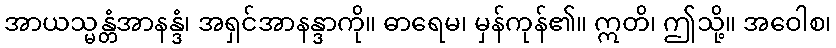
အာယသ္မန္တံအာနန္ဒံ၊ အရှင်အာနန္ဒာကို။ ဓာရေမ၊ မှန်ကုန်၏။ ဣတိ၊ ဤသို့။ အဝေါစ၊